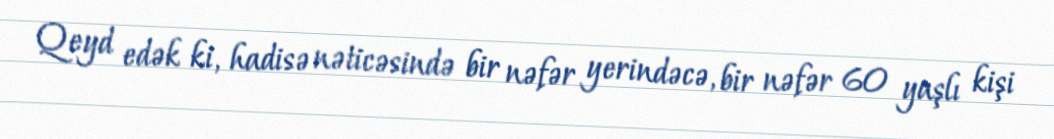
Qeyd edək ki, hadisə nəticəsində bir nəfər yerindəcə, bir nəfər 60 yaşlı kişi